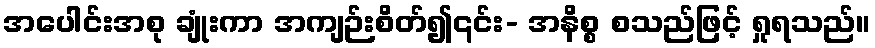
အပေါင်းအစု ချုံးကာ အကျဉ်းစိတ်၍၎င်း- အနိစ္စ စသည်ဖြင့် ရှုရသည်။